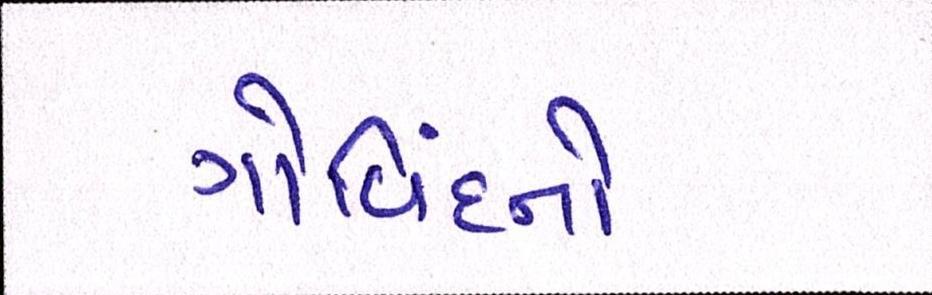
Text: ગોવિંદનો